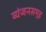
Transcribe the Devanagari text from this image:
व्यंजनसमूह